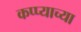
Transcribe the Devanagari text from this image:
कप्प्याच्या